Medical and sanitary report on the native army of Bombay for the year
Year: 1879
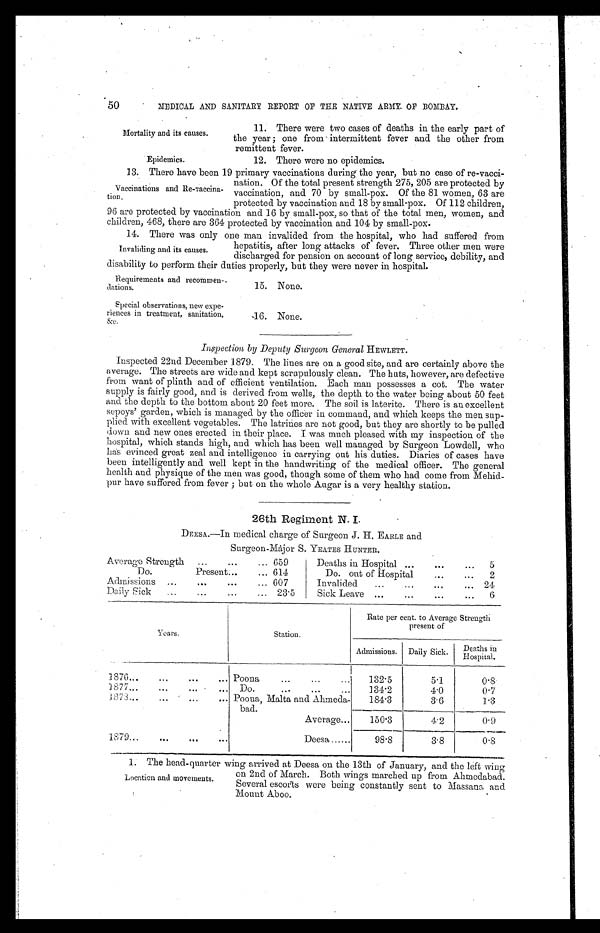
Mortality and its causes.
Epidemics.
50
MEDICAL AND SANITARY REPORT OF THE NATIVE ARMY OF BOMBAY.
11. There were two cases of deaths in the early part of
the year; one from intermittent fever and the other from
remittent fever.
12. There were no epidemics.
13. There have been 19 primary vaccinations during the year, but no case of re-vacci
-nation. Of the total present strength 275, 205 are protected by
vaccination, and 70 by small-pox. Of the 81 women, 63 are
protected by vaccination and 18 by small-pox. Of 112 children,
96 are protected by vaccination and 16 by small-pox, so that of the total men, women, and
children, 468, the are 364 protected by vaccination and 104 by small-pox.
14. There was only one man invalided from the hospital, who had suffered from
hepatitis, after long attacks of fever. Three other men were
discharged for pension on account of long service, debility, and
disability to perform their duties properly, but they were never in hospital.
Vaccinations and Re-zaccina
-tion.
Invaliding and its causes.
Requirements and recommen-
dations.
Special observations, new expe
-riences in treatment, sanitation,
&c.
15. None.
16. None.
Inspection by Deputy Surgeon General HEWLETT.
Inspected 22nd December 1879. The lines are on a good site, and are certainly above the
average. The streets are wide and kept scrupulously clean. The huts, however, are defective
from want of plinth and of efficient ventilation. Each man possesses a cot. The water
supply is fairly good, and is derived from wells, the depth to the water being about 50 feet
and the depth to the bottom about 20 feet more. The soil is laterite. There is an excellent
sepoys' garden, which is managed by the officer in command, and which keeps the men sup
-plied with excellent vegetables. The latrines are not good, but they are shortly to be pulled
down and new ones erected in their place. I was much pleased with my inspection of the
hospital, which stands high, and which has been well managed by Surgeon Lowdell, who
has evinced great zeal and intelligence in carrying out his duties. Diaries of cases have
been intelligently and well kept in the handwriting of the medical officer. The general
health and physique of the men was good, though some of them who had come from Mehid
-pur have suffered from fever; but on the whole Augar is a very healthy station.
26th Regiment N. I.
DEESA.—In medical charge of Surgeon J. H. EARLE and
Surgeon-Major S. YEATES HUNTER.
Average Strength . . .
659
Deaths in Hospital . . .
5
Do. Present . . .
614
Do. out of Hospital . . .
2
Admissions . . .
607
Invalided . . .
24
Daily Sick . . .
23.5
Sick Leave . . .
6
Years.
Station.
Rate per cent. to Average Strength
present of
Admissions.
Daily Sick.
D e a t h s i n
Hospital.
1876 . . .
Poona . . .
132.5
5.1
0.8
1877 . . .
D o . . . .
134.2
4.0
0.7
1873 . . .
Poona, Malta and Ahmeda-
bad.
184.3
3.6
1.3
Average . . .
150.3
4.2
0.9
1879 . . .
Deesa . . .
98.8
3.8
0.8
1. The head-quarter wing arrived at Deesa on the 13th of January, and the left wing
on 2nd of March. Both wings marched up from Ahmedabad.
Several escorts were being constantly sent to Massana and
Mount Aboo.
Location and movements.